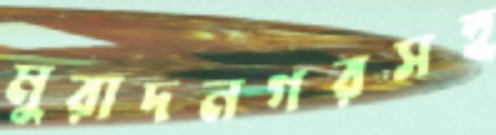
মুরাদনগরসহ